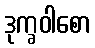
ဒုက္ခဝါစော